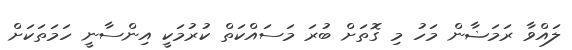
ލައްވާ ރަމަޟާން މަހު މި ގޮތަށް ބުރަ މަސައްކަތް ކުރުމަކީ އިންސާނީ ހަމަތަކަށް